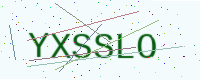
Text: YXSSLO